342_HS1-416511228_319.1 Flying Discs 1949
Agency: Department of War
Incident date: 1/9/50
Page 56
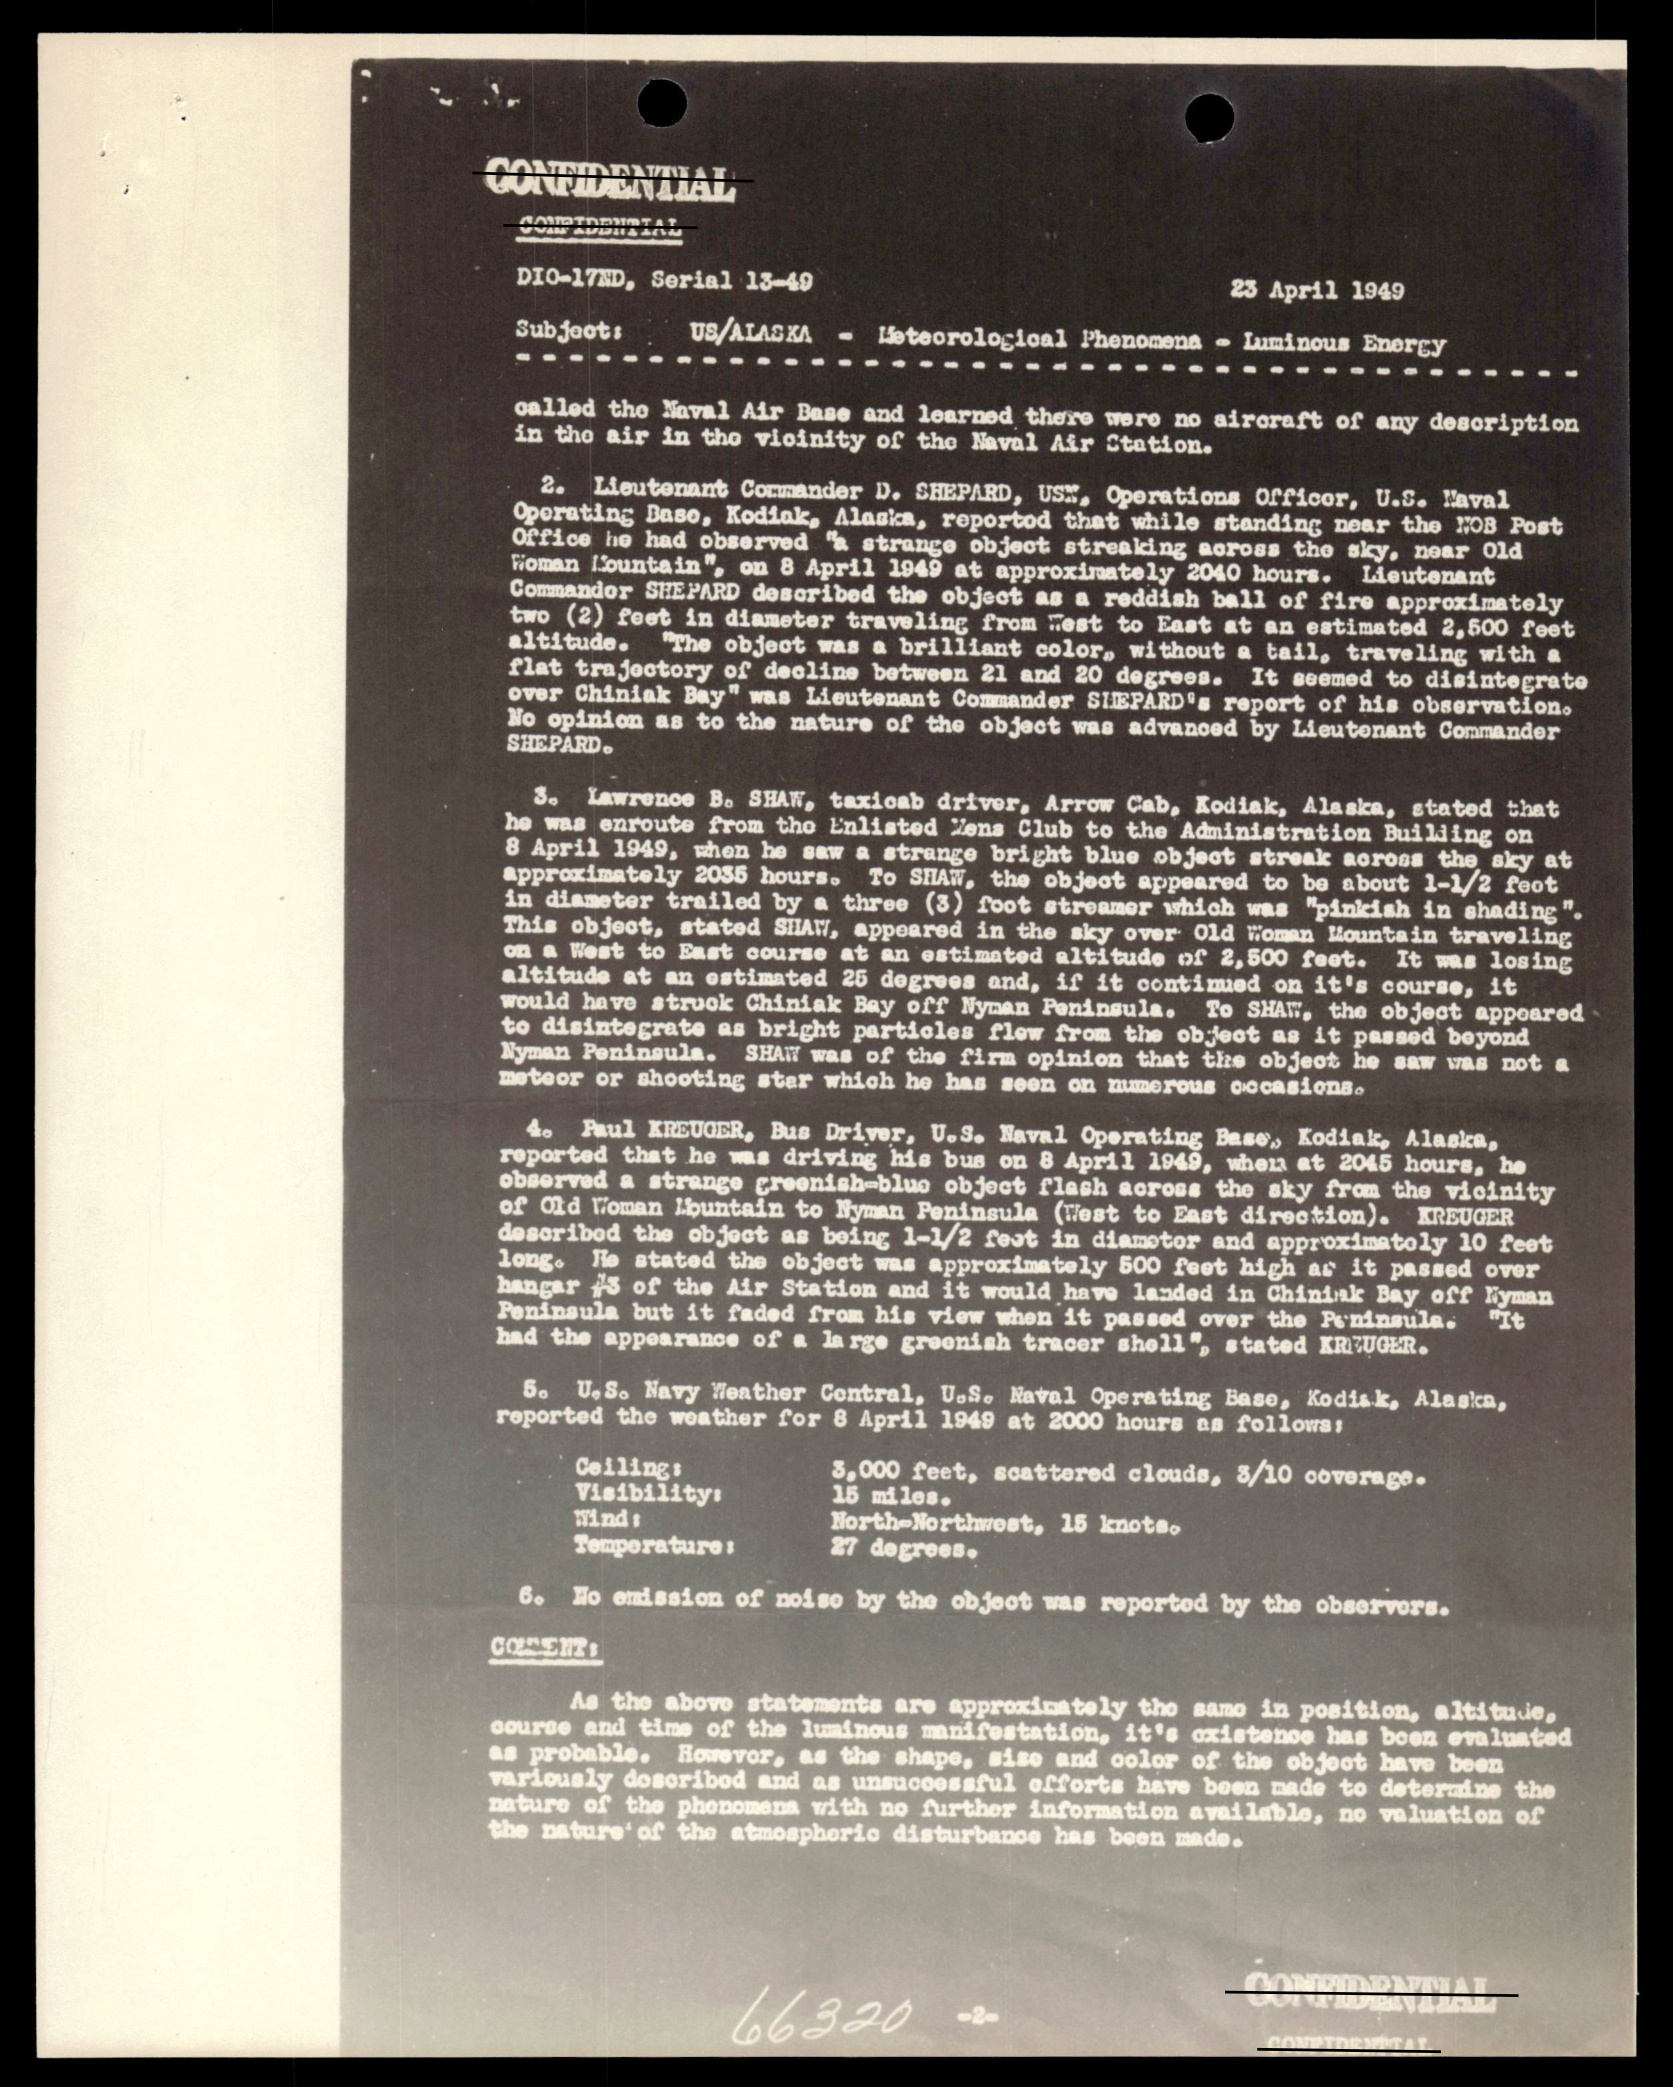